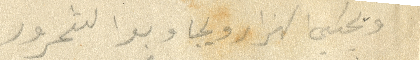
ويحبني الهزار ويحب وبرا الشحرور